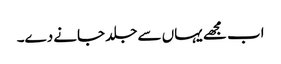
اب مجھے یہاں سے جلد جانے دے۔